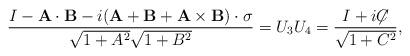
LaTeX: \begin{align*} {I - {\bf A}\cdot{\bf B} - i({\bf A}+{\bf B}+{\bf A}\times{\bf B})\cdot{\bf \sigma} \over \sqrt{1+A^2}\sqrt{1+B^2}} = U_3 U_4 = {I + i{\not\!\! C} \over \sqrt{1+C^2}},\end{align*}